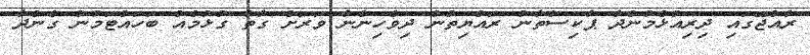
ރާއްޖޭގައި ދިރިއުޅެމުންދާ ޕާކިސްތާނު ރައްޔިތުން ދިވެހިންނާ ވަރަށް ގާތް ގުޅުމެއް ބަހައްޓަމުން ގެންދާ